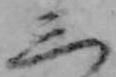
三